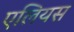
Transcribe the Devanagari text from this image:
एलियस